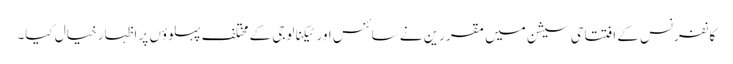
کانفرنس کے افتتاحی سیشن میں مقررین نے سائنس اور ٹیکنالوجی کے مختلف پہلوؤں پر اظہار خیال کیا۔